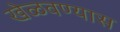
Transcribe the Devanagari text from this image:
खेळवण्यास